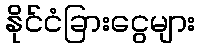
နိုင်ငံခြားငွေများ